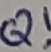
Text: Q!